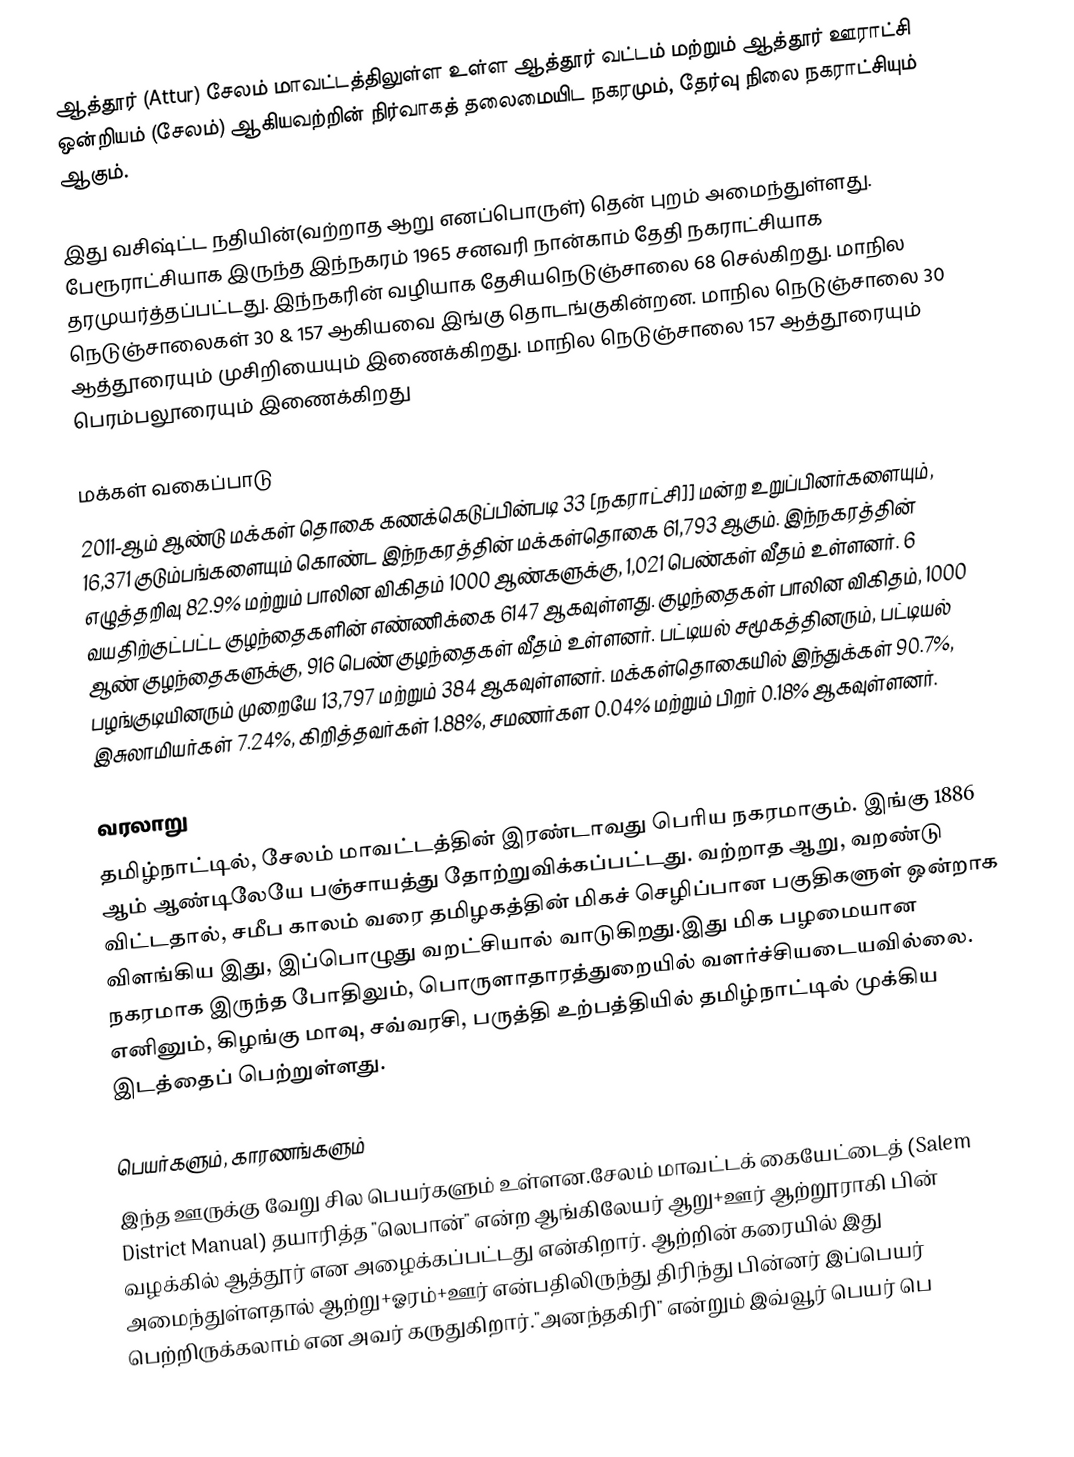
ஆத்தூர் (Attur) சேலம் மாவட்டத்திலுள்ள உள்ள ஆத்தூர் வட்டம் மற்றும் ஆத்தூர் ஊராட்சி ஒன்றியம் (சேலம்) ஆகியவற்றின் நிர்வாகத் தலைமையிட நகரமும், தேர்வு நிலை நகராட்சியும் ஆகும்.

இது வசிஷ்ட்ட நதியின்(வற்றாத ஆறு எனப்பொருள்) தென் புறம் அமைந்துள்ளது. பேரூராட்சியாக இருந்த இந்நகரம் 1965 சனவரி நான்காம் தேதி நகராட்சியாக தரமுயர்த்தப்பட்டது. இந்நகரின் வழியாக தேசியநெடுஞ்சாலை 68 செல்கிறது. மாநில நெடுஞ்சாலைகள் 30 & 157 ஆகியவை இங்கு தொடங்குகின்றன. மாநில நெடுஞ்சாலை 30 ஆத்தூரையும் முசிறியையும் இணைக்கிறது. மாநில நெடுஞ்சாலை 157 ஆத்தூரையும் பெரம்பலூரையும் இணைக்கிறது

மக்கள் வகைப்பாடு
2011-ஆம் ஆண்டு மக்கள் தொகை கணக்கெடுப்பின்படி 33 [நகராட்சி]] மன்ற உறுப்பினர்களையும்,   16,371  குடும்பங்களையும் கொண்ட இந்நகரத்தின் மக்கள்தொகை  61,793  ஆகும். இந்நகரத்தின் எழுத்தறிவு 82.9%  மற்றும் பாலின விகிதம் 1000 ஆண்களுக்கு, 1,021 பெண்கள் வீதம் உள்ளனர். 6 வயதிற்குட்பட்ட குழந்தைகளின்  எண்ணிக்கை 6147 ஆகவுள்ளது. குழந்தைகள் பாலின விகிதம், 1000 ஆண் குழந்தைகளுக்கு, 916   பெண் குழந்தைகள் வீதம் உள்ளனர். பட்டியல் சமூகத்தினரும், பட்டியல் பழங்குடியினரும்  முறையே 13,797 மற்றும் 384 ஆகவுள்ளனர். மக்கள்தொகையில் இந்துக்கள் 90.7%,  இசுலாமியர்கள் 7.24%, கிறித்தவர்கள் 1.88%, சமணர்கள 0.04% மற்றும் பிறர் 0.18% ஆகவுள்ளனர்.

வரலாறு
தமிழ்நாட்டில், சேலம் மாவட்டத்தின் இரண்டாவது பெரிய நகரமாகும். இங்கு 1886 ஆம் ஆண்டிலேயே பஞ்சாயத்து தோற்றுவிக்கப்பட்டது. வற்றாத ஆறு,  வறண்டு விட்டதால், சமீப காலம் வரை தமிழகத்தின் மிகச் செழிப்பான பகுதிகளுள் ஒன்றாக விளங்கிய இது, இப்பொழுது வறட்சியால் வாடுகிறது.இது மிக பழமையான நகரமாக இருந்த போதிலும், பொருளாதாரத்துறையில் வளர்ச்சியடையவில்லை. எனினும், கிழங்கு மாவு, சவ்வரசி, பருத்தி உற்பத்தியில் தமிழ்நாட்டில் முக்கிய இடத்தைப் பெற்றுள்ளது.

பெயர்களும், காரணங்களும்
இந்த ஊருக்கு வேறு சில  பெயர்களும் உள்ளன.சேலம் மாவட்டக் கையேட்டைத் (Salem District Manual) தயாரித்த "லெபான்" என்ற ஆங்கிலேயர் ஆறு+ஊர் ஆற்றூராகி பின் வழக்கில் ஆத்தூர் என அழைக்கப்பட்டது என்கிறார். ஆற்றின் கரையில் இது அமைந்துள்ளதால் ஆற்று+ஓரம்+ஊர் என்பதிலிருந்து திரிந்து பின்னர் இப்பெயர் பெற்றிருக்கலாம் என அவர் கருதுகிறார்."அனந்தகிரி" என்றும் இவ்வூர் பெயர் பெ